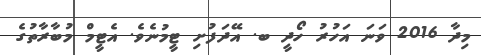
މިދާ 2016 ވަނަ އަހުރު ހޯދީ ބ. އޭދަފުށި ޓީމުނެވެ. އެޓީމް މުބާރާތުގެ